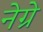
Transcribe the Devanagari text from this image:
नेग्रे